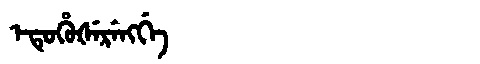
Manchu: ᡝᡨᡠᡥᡠᡧᡝᡵᡝᠩᡤᡝ
Romanization: ETUHUŠERENGGE